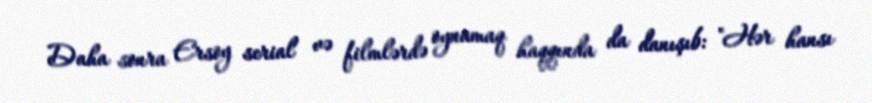
Daha sonra Ersoy serial və filmlərdə oynamaq haqqında da danışıb: "Hər hansı